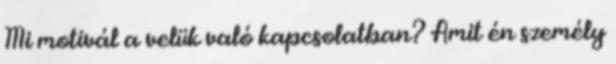
Mi motivál a velük való kapcsolatban? Amit én személy